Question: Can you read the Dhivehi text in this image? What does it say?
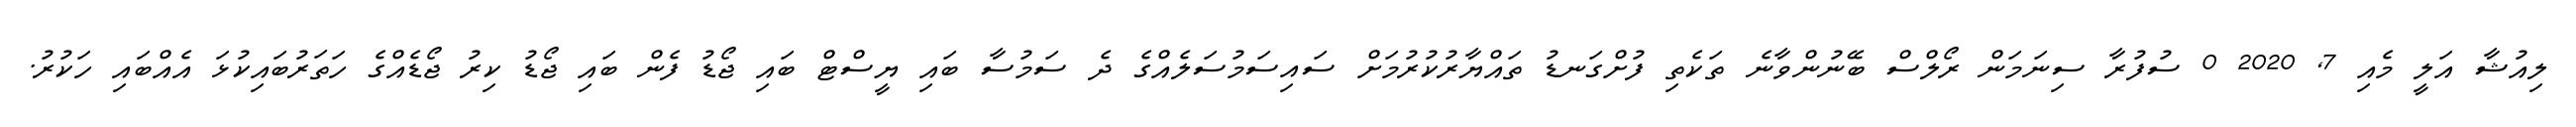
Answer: ލިއުޝާ އަލީ މެއި 7, 2020 0 ސުފުރާ ސިނަމަން ރޯލްސް ބޭނުންވާނެ ތަކެތި ފުށްގަނޑު ތައްޔާރުކުރުމަށް ސައިސަމުސަލެއްގެ ދެ ސަމުސާ ބައި ޔީސްޓް ބައި ޖޯޑު ފެން ބައި ޖޯޑު ކިރު ޖޯޑެއްގެ ހަތަރުބައިކުޅަ އެއްބައި ހަކުރު.